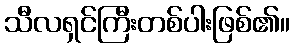
သီလရှင်ကြီးတစ်ပါးဖြစ်၏။